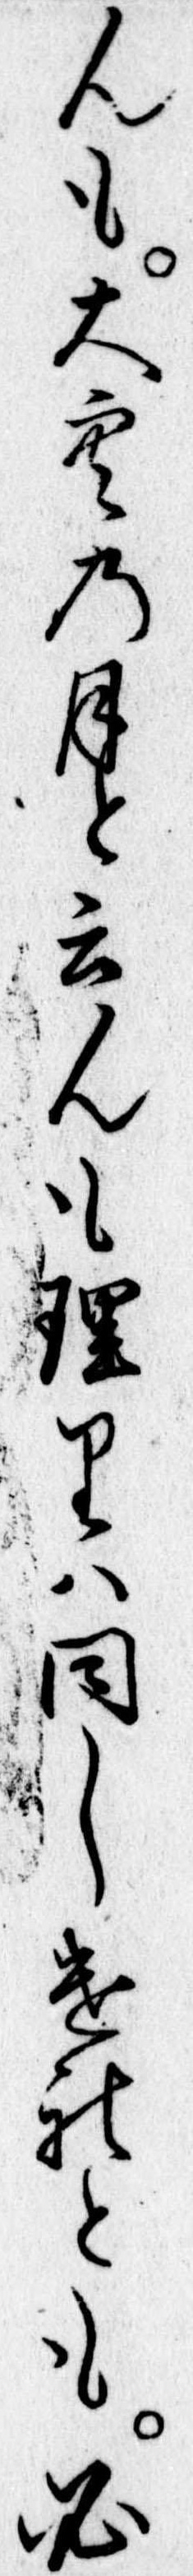
んも大空の月と云んも理りは同しけれとも必